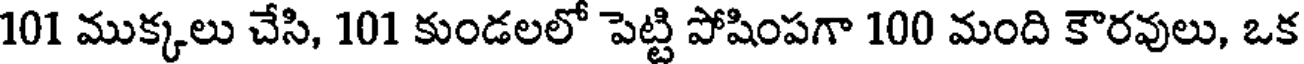
101 ముక్కలు చేసి, 101 కుండలలో పెట్టి పోషింపగా 100 మంది కౌరవులు, ఒక